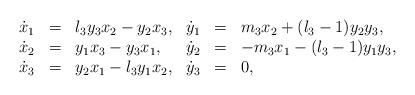
LaTeX: \begin{align*}\begin{array}{rcl}\dot{x}_1 & = & l_3 y_3x_2-y_2x_3, \\\dot{x}_2 & = & y_1x_3-y_3x_1, \\\dot{x}_3 & = & y_2x_1-l_3 y_1x_2,\end{array}\begin{array}{rcl}\dot{y}_1 & = & m_3x_2+(l_3-1)y_2y_3, \\\dot{y}_2 & = & -m_3x_1-(l_3-1)y_1y_3, \\\dot{y}_3 & = & 0,\end{array}\end{align*}